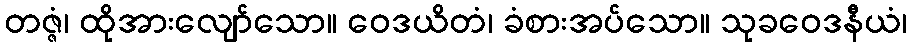
တဇ္ဇံ၊ ထိုအားလျော်သော။ ဝေဒယိတံ၊ ခံစားအပ်သော။ သုခဝေဒနီယံ၊